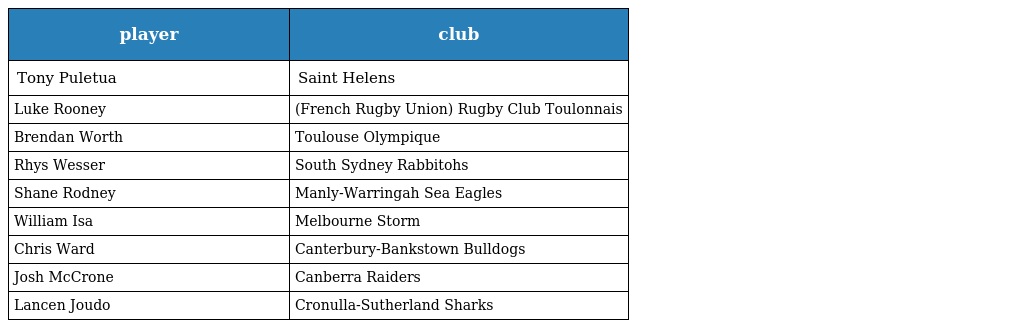
| player | club |
 | --- | --- |
 | Tony Puletua | Saint Helens |
 | Luke Rooney | (French Rugby Union) Rugby Club Toulonnais |
 | Brendan Worth | Toulouse Olympique |
 | Rhys Wesser | South Sydney Rabbitohs |
 | Shane Rodney | Manly-Warringah Sea Eagles |
 | William Isa | Melbourne Storm |
 | Chris Ward | Canterbury-Bankstown Bulldogs |
 | Josh McCrone | Canberra Raiders |
 | Lancen Joudo | Cronulla-Sutherland Sharks |